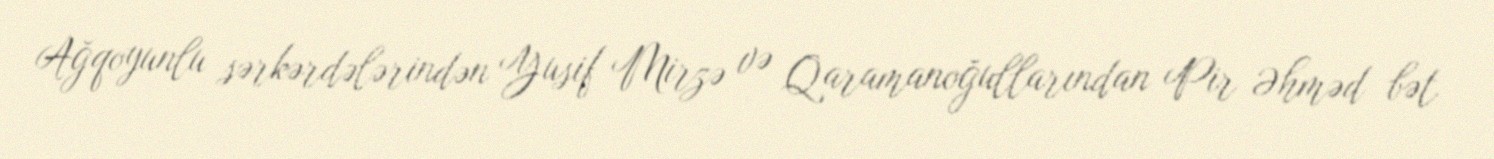
Ağqoyunlu sərkərdələrindən Yusif Mirzə və Qaramanoğullarından Pir Əhməd bət